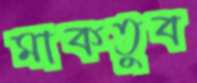
মাকতুব